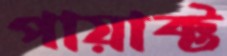
পায়াক্ট